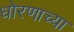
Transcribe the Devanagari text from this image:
धोरणाच्‍या